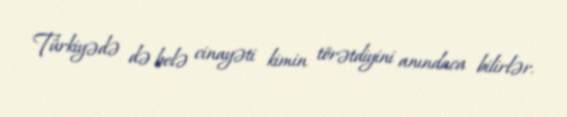
Türkiyədə də belə cinayəti kimin törətdiyini anındaca bilirlər.